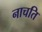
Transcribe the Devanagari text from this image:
नाचति